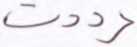
رددت